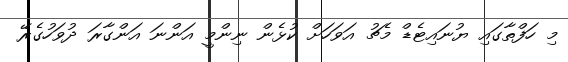
މި ހަފްތާގައި ޔުނައިޓެޑް މެޗު އަވަހަށް ކުޅެން ނިންމީ އަންނަ އަންގާރަ ދުވަހުގެރޭ